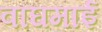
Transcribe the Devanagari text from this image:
वाघमाई